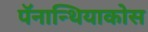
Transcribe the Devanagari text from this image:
पॅनान्थियाकोस